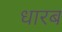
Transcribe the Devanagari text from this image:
धारब